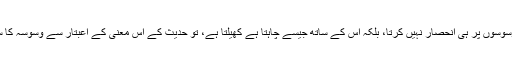
اور جہاں تک کافر کا تعلق ہے تو شیطان اس پر جہاں سے چاہے حملہ آور ہوتا ہے ، اور اس کے لئے صرف وسوسوں پر ہی انحصار نہیں کرتا، بلکہ اس کے ساتھ جیسے چاہتا ہے کھیلتا ہے، تو حدیث کے اس معنی کے اعبتار سے وسوسہ کا سبب ایمان محض ہے، یا وسوسہ ایمان محض کی نشانی ہے ، قاضی عیاض نے اسی قول کو راجح قرار دیا ہے ۔